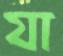
যা